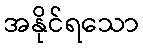
အနိုင်ရသော